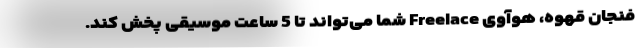
فنجان قهوه، هوآوی Freelace شما می‌تواند تا 5 ساعت موسیقی پخش کند.